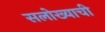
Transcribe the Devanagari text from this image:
सलोख्याची